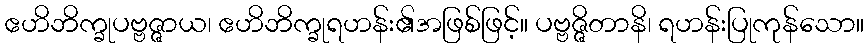
ဧဟိဘိက္ခုပဗ္ဗဇ္ဇာယ၊ ဧဟိဘိက္ခုရဟန်း၏အဖြစ်ဖြင့်။ ပဗ္ဗဇ္ဇိတာနိ၊ ရဟန်းပြုကုန်သော။